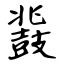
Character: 鼗